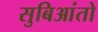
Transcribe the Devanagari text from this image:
सुबिआंतो